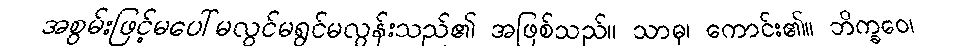
အစွမ်းဖြင့်မပေါ်မလွင်မရွင်မလွန်းသည်၏ အဖြစ်သည်။ သာဓု၊ ကောင်း၏။ ဘိက္ခဝေ၊